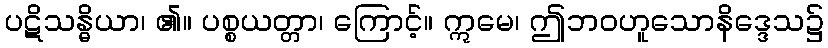
ပဋိသန္ဓိယာ၊ ၏။ ပစ္စယတ္တာ၊ ကြောင့်။ ဣမေ၊ ဤဘဝဟူသောနိဒ္ဒေသ၌